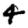
Digit: 4